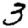
Digit: 3